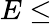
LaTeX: E\leq